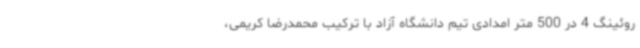
روئینگ 4 در 500 متر امدادی تیم دانشگاه آزاد با ترکیب محمدرضا کریمی،